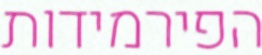
הפירמידות